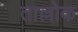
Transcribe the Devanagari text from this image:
ताल्लोक